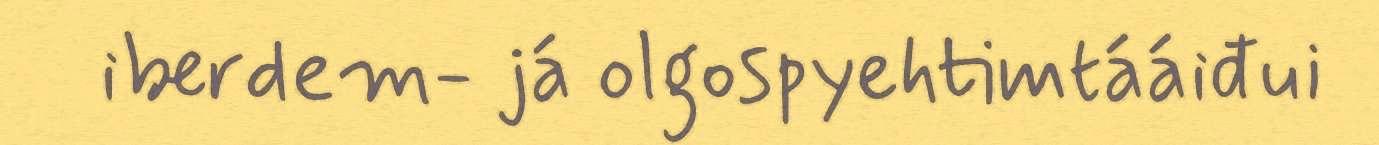
iberdem- já olgospyehtimtááiđui